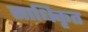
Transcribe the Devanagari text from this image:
साधिकृत